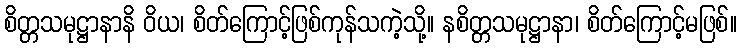
စိတ္တသမုဋ္ဌာနာနိ ဝိယ၊ စိတ်ကြောင့်ဖြစ်ကုန်သကဲ့သို့။ နစိတ္တသမုဋ္ဌာနာ၊ စိတ်ကြောင့်မဖြစ်။